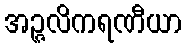
အဉ္ဇလိကရဏီယာ